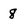
Character: 8